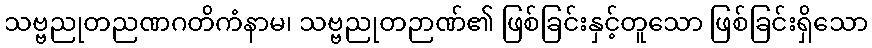
သဗ္ဗညုတညဏဂတိကံနာမ၊ သဗ္ဗညုတဉာဏ်၏ ဖြစ်ခြင်းနှင့်တူသော ဖြစ်ခြင်းရှိသော